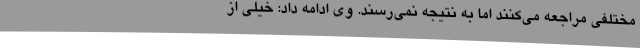
مختلفی مراجعه می‌کنند اما به نتیجه نمی‌رسند. وی ادامه داد: خیلی از